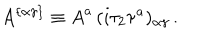
LaTeX: A ^ { \{ \alpha \gamma \} } \equiv { A } ^ { a } \, ( { i \tau _ { 2 } \tau ^ { a } } ) _ { \alpha \gamma } \, .